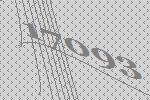
17093